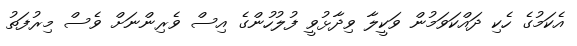
އެކަމުގެ ހެކި ދައްކަވަމުން ވަކީލާ ވިދާޅުވީ ފުލުހުންގެ އިސް ވެރިންނަށް ވެސް މިރުފަތު